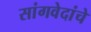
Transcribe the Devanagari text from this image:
सांगवेदांचे